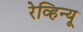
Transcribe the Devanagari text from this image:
रेव्हिन्यू